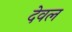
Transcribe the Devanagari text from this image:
देवल